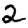
Digit: 2